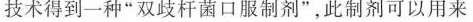
技术得到一种”双歧杆菌口服制剂”，此制剂可以用来